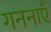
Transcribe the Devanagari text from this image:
गननाएँ